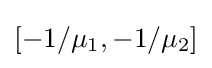
[-1/\mu _{1},-1/\mu _{2}]